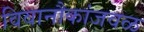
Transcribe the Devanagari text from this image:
विवानौकांजवळ